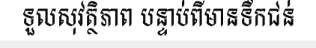
ទួលសុវត្ថិភាព បន្ទាប់ពីមានទឹកជន់